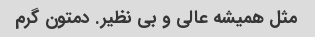
مثل همیشه عالی و بی نظیر. دمتون گرم